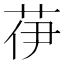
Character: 𦭽